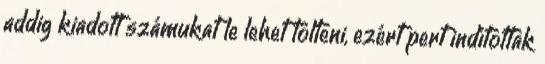
addig kiadott számukat le lehet tölteni, ezért pert indítottak